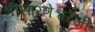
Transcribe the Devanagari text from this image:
श्रीसारणेश्वरजी